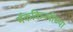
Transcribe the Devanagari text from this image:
मॅककिन्लीच्या